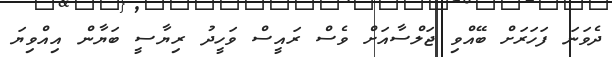
ދެވަނަ ފަހަރަށް ބޭއްވި ޖަލްސާއަށް ވެސް ރައީސް ވަހީދު ރިޔާސީ ބަޔާން އިއްވިޔަ